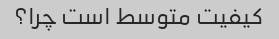
کیفیت متوسط است چرا؟